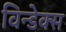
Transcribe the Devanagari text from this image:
विन्डेक्स